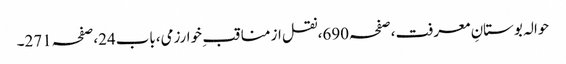
حوالہ بوستانِ معرفت،صفحہ690،نقل از مناقب ِ خوارزمی،باب24،صفحہ271۔